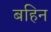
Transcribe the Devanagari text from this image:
बहिन